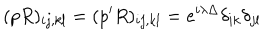
LaTeX: ( p R ) _ { i j , k l } = ( p ^ { \prime } R ) _ { i j , k l } = e ^ { i \lambda \Delta } \delta _ { i k } \delta _ { j l }